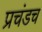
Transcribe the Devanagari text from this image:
प्रचंडच